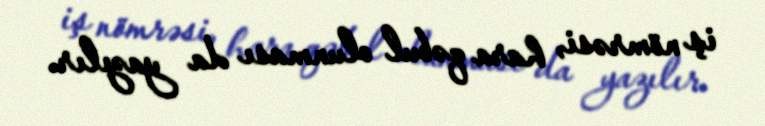
iş nömrəsi, hara qəbul olunması da yazılır.